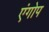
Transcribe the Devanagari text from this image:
एंगोप